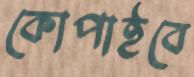
কোপাইবে